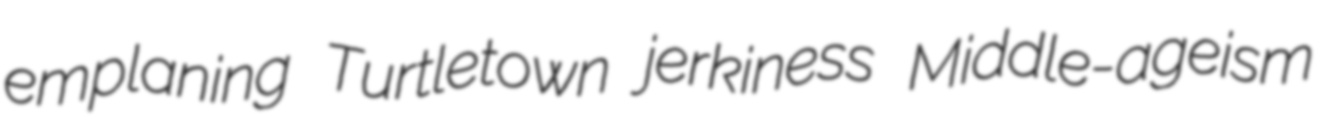
emplaning Turtletown jerkiness Middle-ageism